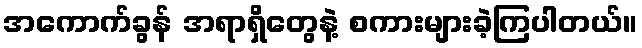
အကောက်ခွန် အရာရှိတွေနဲ့ စကားများခဲ့ကြပါတယ်။